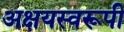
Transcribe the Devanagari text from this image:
अक्षयस्वरूपी